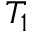
T _ { 1 }